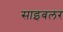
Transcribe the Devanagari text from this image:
साइबलर